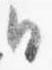
日